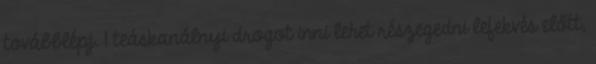
továbblépj. 1 teáskanálnyi drogot inni lehet részegedni lefekvés előtt,